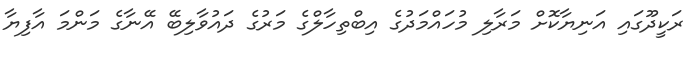
ރަކީދޫގައި އަނިޔާކޮށް މަރާލި މުހައްމަދުގެ އިބްތިހާލްގެ މަރުގެ ދައުވާލިބޭ އޭނާގެ މަންމަ އާފިޔާ